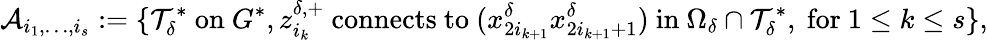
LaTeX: \mathcal{A}_{i_{1},\ldots,i_{s}}:=\{ \mathcal{T}_{\delta}^{*}\mathrm{~on~}G^{*},z_{i_{k}}^{\delta,+}\mathrm{~connects~to~}(x_{2i_{k+1}}^{\delta}x_{2i_{k+1}+1}^{\delta})\mathrm{~in~}\Omega_{\delta}\cap\mathcal{T}_{\delta}^{*},\mathrm{~for~}1\le k\le s\} ,